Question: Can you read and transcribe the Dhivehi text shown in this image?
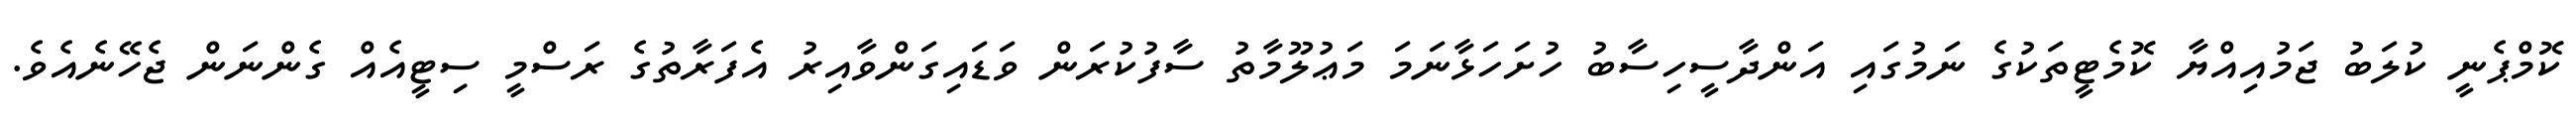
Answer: ކޮމްޕެނީ ކުލަބު ޖަމުއިއްޔާ ކޮމެޓީތަކުގެ ނަމުގައި އަންދާސީހިސާބު ހުށަހަޅާނަމަ މަޢުލޫމާތު ސާފުކުރަން ވަޑައިގަންވާއިރު އެފަރާތުގެ ރަސްމީ ސިޓީއެއް ގެންނަން ޖެހޭނެއެވެ.